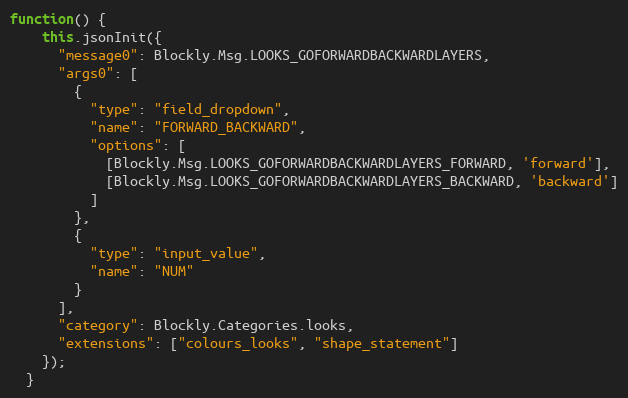
Language: JavaScript
function() {
    this.jsonInit({
      "message0": Blockly.Msg.LOOKS_GOFORWARDBACKWARDLAYERS,
      "args0": [
        {
          "type": "field_dropdown",
          "name": "FORWARD_BACKWARD",
          "options": [
            [Blockly.Msg.LOOKS_GOFORWARDBACKWARDLAYERS_FORWARD, 'forward'],
            [Blockly.Msg.LOOKS_GOFORWARDBACKWARDLAYERS_BACKWARD, 'backward']
          ]
        },
        {
          "type": "input_value",
          "name": "NUM"
        }
      ],
      "category": Blockly.Categories.looks,
      "extensions": ["colours_looks", "shape_statement"]
    });
  }